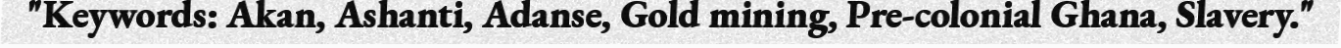
"Keywords: Akan, Ashanti, Adanse, Gold mining, Pre-colonial Ghana, Slavery."